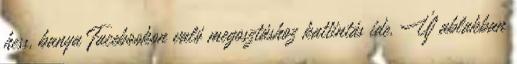
hess, banya Facebookon való megosztáshoz kattintás ide. Új ablakban